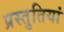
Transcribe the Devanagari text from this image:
प्रस्‍तुतियां